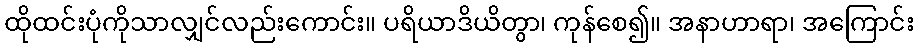
ထိုထင်းပုံကိုသာလျှင်လည်းကောင်း။ ပရိယာဒိယိတွာ၊ ကုန်စေ၍။ အနာဟာရာ၊ အကြောင်း